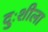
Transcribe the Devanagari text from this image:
दुःशीला